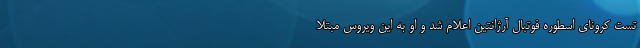
تست کرونای اسطوره فوتبال آرژانتین اعلام شد و او به این ویروس مبتلا